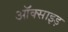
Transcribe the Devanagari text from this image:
ऑक्साइड़